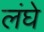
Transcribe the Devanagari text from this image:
लंघे